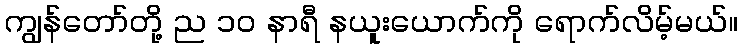
ကျွန်တော်တို့ ည ၁၀ နာရီ နယူးယောက်ကို ရောက်လိမ့်မယ်။